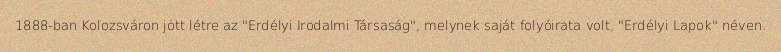
1888-ban Kolozsváron jött létre az "Erdélyi Irodalmi Társaság", melynek saját folyóirata volt, "Erdélyi Lapok" néven.